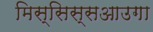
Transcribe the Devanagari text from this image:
मिस्सिस्सआउगा